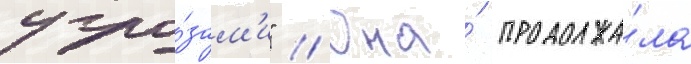
угро́зам'и" // Она́ продолжа́ла